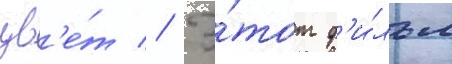
цв'е́т // Э́тот ф'и́льм